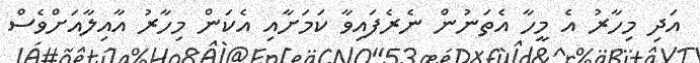
އަދި މިހާރު އެ މީހާ އެތަނުން ނެރެފައިވާ ކަމަށާއި އެކަން މިހާރު އާއިލާއަށްވެސް